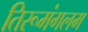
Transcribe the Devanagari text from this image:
तिरूमंगलम